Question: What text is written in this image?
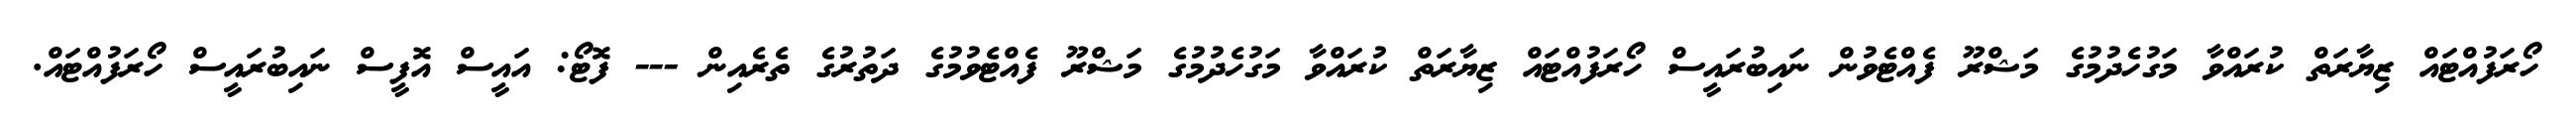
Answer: ހޯރަފުއްޓައް ޒިޔާރަތް ކުރައްވާ މަގުހެދުމުގެ މަޝްރޫ ފެއްޓެވުން ނައިބުރައީސް ހޯރަފުއްޓައް ޒިޔާރަތް ކުރައްވާ މަގުހެދުމުގެ މަޝްރޫ ފެއްޓެވުމުގެ ދަތުރުގެ ތެރެއިން --- ފޮޓޯ: އައީސް އޮފީސް ނައިބުރައީސް ހޯރަފުއްޓައް.